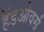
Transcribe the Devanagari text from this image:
हैंडओवर्स